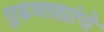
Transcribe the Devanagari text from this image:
गूढवाद्यांचे